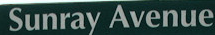
Sunray Avenue